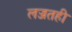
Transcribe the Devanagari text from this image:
लज्जतही